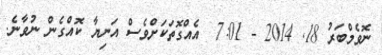
ނޮވެމްބަރު 18